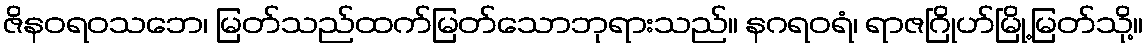
ဇိနဝရဝသဘေ၊ မြတ်သည်ထက်မြတ်သောဘုရားသည်။ နဂရဝရံ၊ ရာဇဂြိုဟ်မြို့မြတ်သို့။